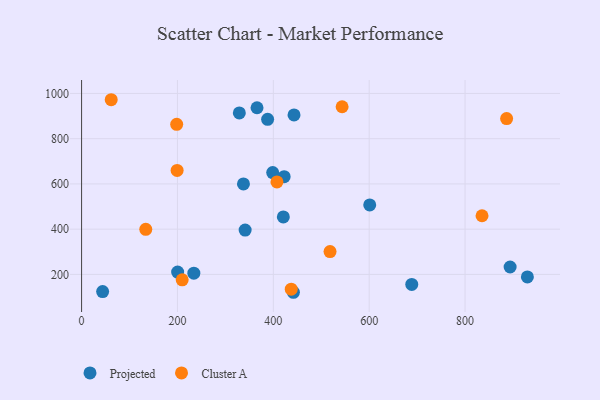
{"axis": {"x": "Engine Size", "y": "Demand"}, "legend": ["Cluster A", "Projected"], "data": [{"x": "341.2", "y": 396.1, "type": "Projected"}, {"x": "234.2", "y": 205.3, "type": "Projected"}, {"x": "688.8", "y": 155.5, "type": "Projected"}, {"x": "329.1", "y": 914.0, "type": "Projected"}, {"x": "200.4", "y": 210.3, "type": "Projected"}, {"x": "894.0", "y": 232.7, "type": "Projected"}, {"x": "420.9", "y": 454.1, "type": "Projected"}, {"x": "601.1", "y": 507.2, "type": "Projected"}, {"x": "422.6", "y": 632.0, "type": "Projected"}, {"x": "366.0", "y": 936.7, "type": "Projected"}, {"x": "388.1", "y": 885.5, "type": "Projected"}, {"x": "930.0", "y": 188.7, "type": "Projected"}, {"x": "441.9", "y": 121.0, "type": "Projected"}, {"x": "398.7", "y": 650.3, "type": "Projected"}, {"x": "337.7", "y": 599.9, "type": "Projected"}, {"x": "443.2", "y": 905.2, "type": "Projected"}, {"x": "43.9", "y": 124.2, "type": "Projected"}, {"x": "835.4", "y": 459.2, "type": "Cluster A"}, {"x": "209.9", "y": 176.2, "type": "Cluster A"}, {"x": "886.7", "y": 888.7, "type": "Cluster A"}, {"x": "437.4", "y": 134.8, "type": "Cluster A"}, {"x": "133.9", "y": 399.3, "type": "Cluster A"}, {"x": "407.6", "y": 608.6, "type": "Cluster A"}, {"x": "543.5", "y": 941.2, "type": "Cluster A"}, {"x": "518.3", "y": 301.0, "type": "Cluster A"}, {"x": "61.8", "y": 972.2, "type": "Cluster A"}, {"x": "199.3", "y": 659.7, "type": "Cluster A"}, {"x": "198.4", "y": 863.3, "type": "Cluster A"}]}